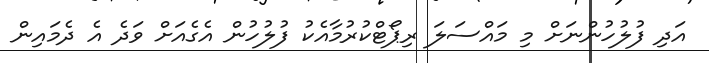
އަދި ފުލުހުންނަށް މި މައްސަލަ ރިޕޯޓްކުރުމާއެކު ފުލުހުން އެގެއަށް ވަދެ އެ ދެމައިން